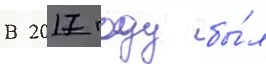
В 2017 году бы́л